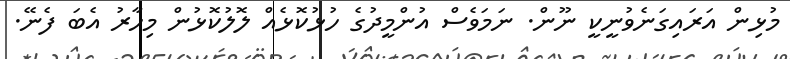
މުޅިން އަރައިގަނެވުނީކީ ނޫން. ނަމަވެސް އުންމީދުގެ ހުޅުކޮޅެއް ލޮލުކޮޅުން މިހާރު އެބަ ފެނޭ.